Annual administration report of the Civil Veterinary Department of India - 1897-1898
Year: 1897
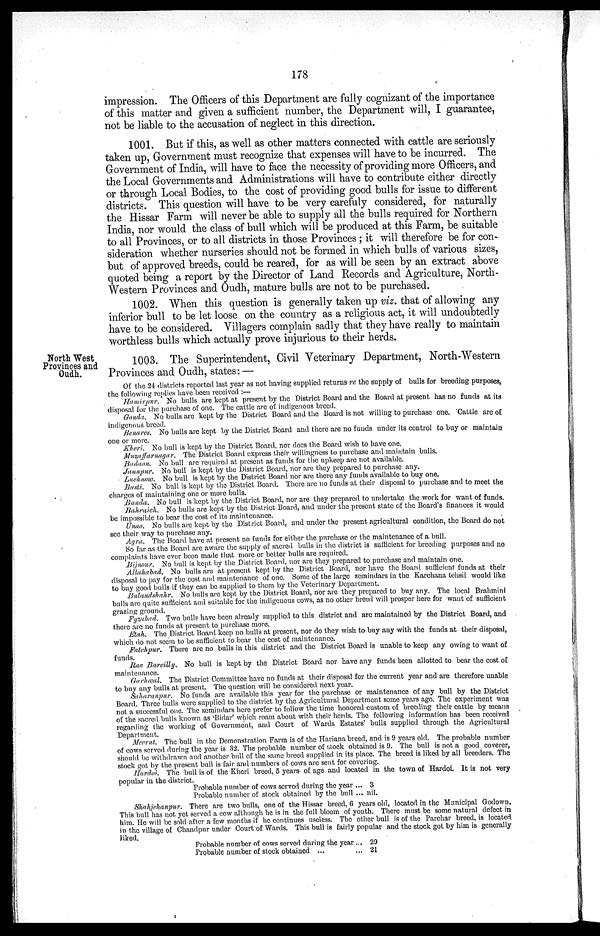
178
impression. The Officers of this Department are fully cognizant of the importance
of this matter and given a sufficient number, the Department will, I guarantee,
not be liable to the accusation of neglect in this direction.
1001. But if this, as well as other matters connected with cattle are seriously
taken up, Government must recognize that expenses will have to be incurred. The
Government of India, will have to face the necessity of providing more Officers, and
the Local Governments and Administrations will have to contribute either directly
or through Local Bodies, to the cost of providing good bulls for issue to different
districts. This question will have to be very carefuly considered, for naturally
the Hissar Farm will never be able to supply all the bulls required for Northern
India, nor would the class of bull which will be produced at this Farm, be suitable
to all Provinces, or to all districts in those Provinces; it will therefore be for con-
sideration whether nurseries should not be formed in which bulls of various sizes,
but of approved breeds, could be reared, for as will be seen by an extract above
quoted being a report by the Director of Land Records and Agriculture, North-
Western Provinces and Oudh, mature bulls are not to be purchased.
1002. When this question is generally taken up viz. that of allowing any
inferior bull to be let loose on the country as a religious act, it will undoubtedly
have to be considered. Villagers complain sadly that they have really to maintain
worthless bulls which actually prove injurious to their herds.
North West
Provinces and
Oudh.
1003. The Superintendent, Civil Veterinary Department, North-Western
Provinces and Oudh, states:—
Of the 24 districts reported last year as not having supplied returns re the supply of bulls for breeding purposes,
the following replies have been received:—
Hamirpur. No bulls are kept at present by the District Board and the Board at present has no funds at its
disposal for the purchase of one. The cattle are of indigenous breed.
Gonda. No bulls are kept by the District Board and the Board is not willing to purchase one. Cattle are of
indigenous breed.
Benares. No bulls are kept by the District Board and there are no funds under its control to buy or maintain
one or more.
Kheri. No bull is kept by the District Board, nor does the Board wish to have one.
Muzaffarnagar. The District Board express their willingness to purchase and maintain bulls.
Badaon. No bull are required at present as funds for the upkeep are not available.
Jaunpur. No bull is kept by the District Board, nor are they prepared to purchase any.
Lucknow. No bull is kept by the District Board nor are there any funds available to buy one.
Basti. No bull is kept by the District Board. There are no funds at their disposal to purchase and to meet the
charges of maintaining one or more bulls.
Banda. No bull is kept by the District Board, nor are they prepared to undertake the work for want of funds.
Bahraich. No bulls are kept by the District Board, and under the present state of the Board's finances it would
be impossible to bear the cost of its maintenance.
Unao. No bulls are kept by the District Board, and under the present agricultural condition, the Board do not
see their way to purchase any.
Agra. The Board have at present no funds for either the purchase or the maintenance of a bull.
So far as the Board are aware the supply of sacred bulls in the district is sufficient for breeding purposes and no
complaints have ever been made that more or better bulls are required.
Bijnour. No bull is kept by the District Board, nor are they prepared to purchase and maintain one.
Allahabad. No bulls are at present kept by the District Board, nor have the Board sufficient funds at their
disposal to pay for the cost and maintenance of one. Some of the large zemindars in the Karchana tehsil would like
to buy good bulls if they can be supplied to them by the Veterinary Department.
Bulandshahr. No bulls are kept by the District Board, nor are they prepared to buy any. The local Brahmini
bulls are quite sufficient and suitable for the indigenous cows, as no other breed will prosper here for want of sufficient
grazing ground.
Fyzabad. Two bulls have been already supplied to this district and are maintained by the District Board, and
there are no funds at present to purchase more.
Etah. The District Board keep no bulls at present, nor do they wish to buy any with the funds at their disposal,
which do not seem to be sufficient to bear the cost of maintenance.
Fatehpur. There are no bulls in this district and the District Board is unable to keep any owing to want of
funds.
Rae Bareilly. No bull is kept by the District Board nor have any funds been allotted to bear the cost of
maintenance.
Garhwal. The District Committee have no funds at their disposal for the current year and are therefore unable
to buy any bulls at present. The question will be considered next year.
Saharanpur. No funds are available this year for the purchase or maintenance of any bull by the District
Board. Three bulls were supplied to the district by the Agricultural Department some years ago. The experiment was
not a successful one. The zemindars here prefer to follow the time honored custom of breeding their cattle by means
of the sacred bulls known as ' Bidar ' which roam about with their herds. The following information has been received
regarding the working of Government, and Court of Wards Estates' bulls supplied through the Agricultural
Department.
Meerut. The bull in the Demonstration Farm is of the Hariana breed, and is 9 years old. The probable number
of cows served during the year is 32. The probable number of stock obtained is 9. The bull is not a good coverer,
should be withdrawn and another bull of the same breed supplied in its place. The breed is liked by all breeders. The
stock got by the present bull is fair and numbers of cows are sent for covering.
Hardoi. The bull is of the Kheri breed, 5 years of age and located in the town of Hardoi. It is not very
popular in the district.
Probable number of cows served during the year ... 3
Probable number of stock obtained by the bull ... nil.
Shahjchanpur. There are two bulls, one of the Hissar breed, 6 years old, located in the Municipal Godown.
This bull has not yet served a cow although he is in the full bloom of youth. There must be some natural defect in
him. He will be sold after a few months if he continues useless. The other bull is of the Parehar breed, is located
in the village of Chandpur under Court of Wards. This bull is fairly popular and the stock got by him is generally
liked.
Probable number of cows served during the year ...
Probable number of stock obtained ...
29
21